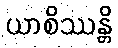
ယာစိဿန္တိ